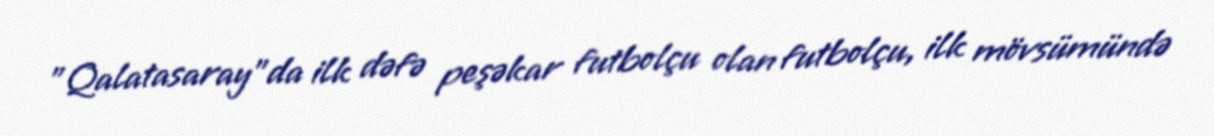
"Qalatasaray"da ilk dəfə peşəkar futbolçu olan futbolçu, ilk mövsümündə